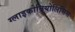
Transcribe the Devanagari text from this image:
ग्लाइकोनियोलिसिस